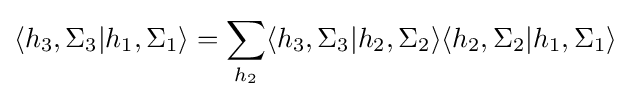
\langle h_{3},\Sigma _{3}|h_{1},\Sigma _{1}\rangle =\sum _{h_{2}}\langle h_{3},\Sigma _{3}|h_{2},\Sigma _{2}\rangle \langle h_{2},\Sigma _{2}|h_{1},\Sigma _{1}\rangle